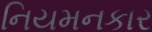
નિયમનકાર